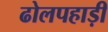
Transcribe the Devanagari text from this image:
ढोलपहाड़ी